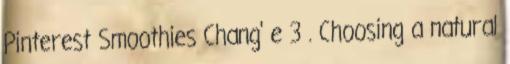
Pinterest Smoothies Chang' e 3 . Choosing a natural